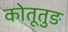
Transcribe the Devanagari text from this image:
कोतूतुङ